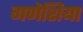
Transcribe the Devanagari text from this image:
गणेशिया